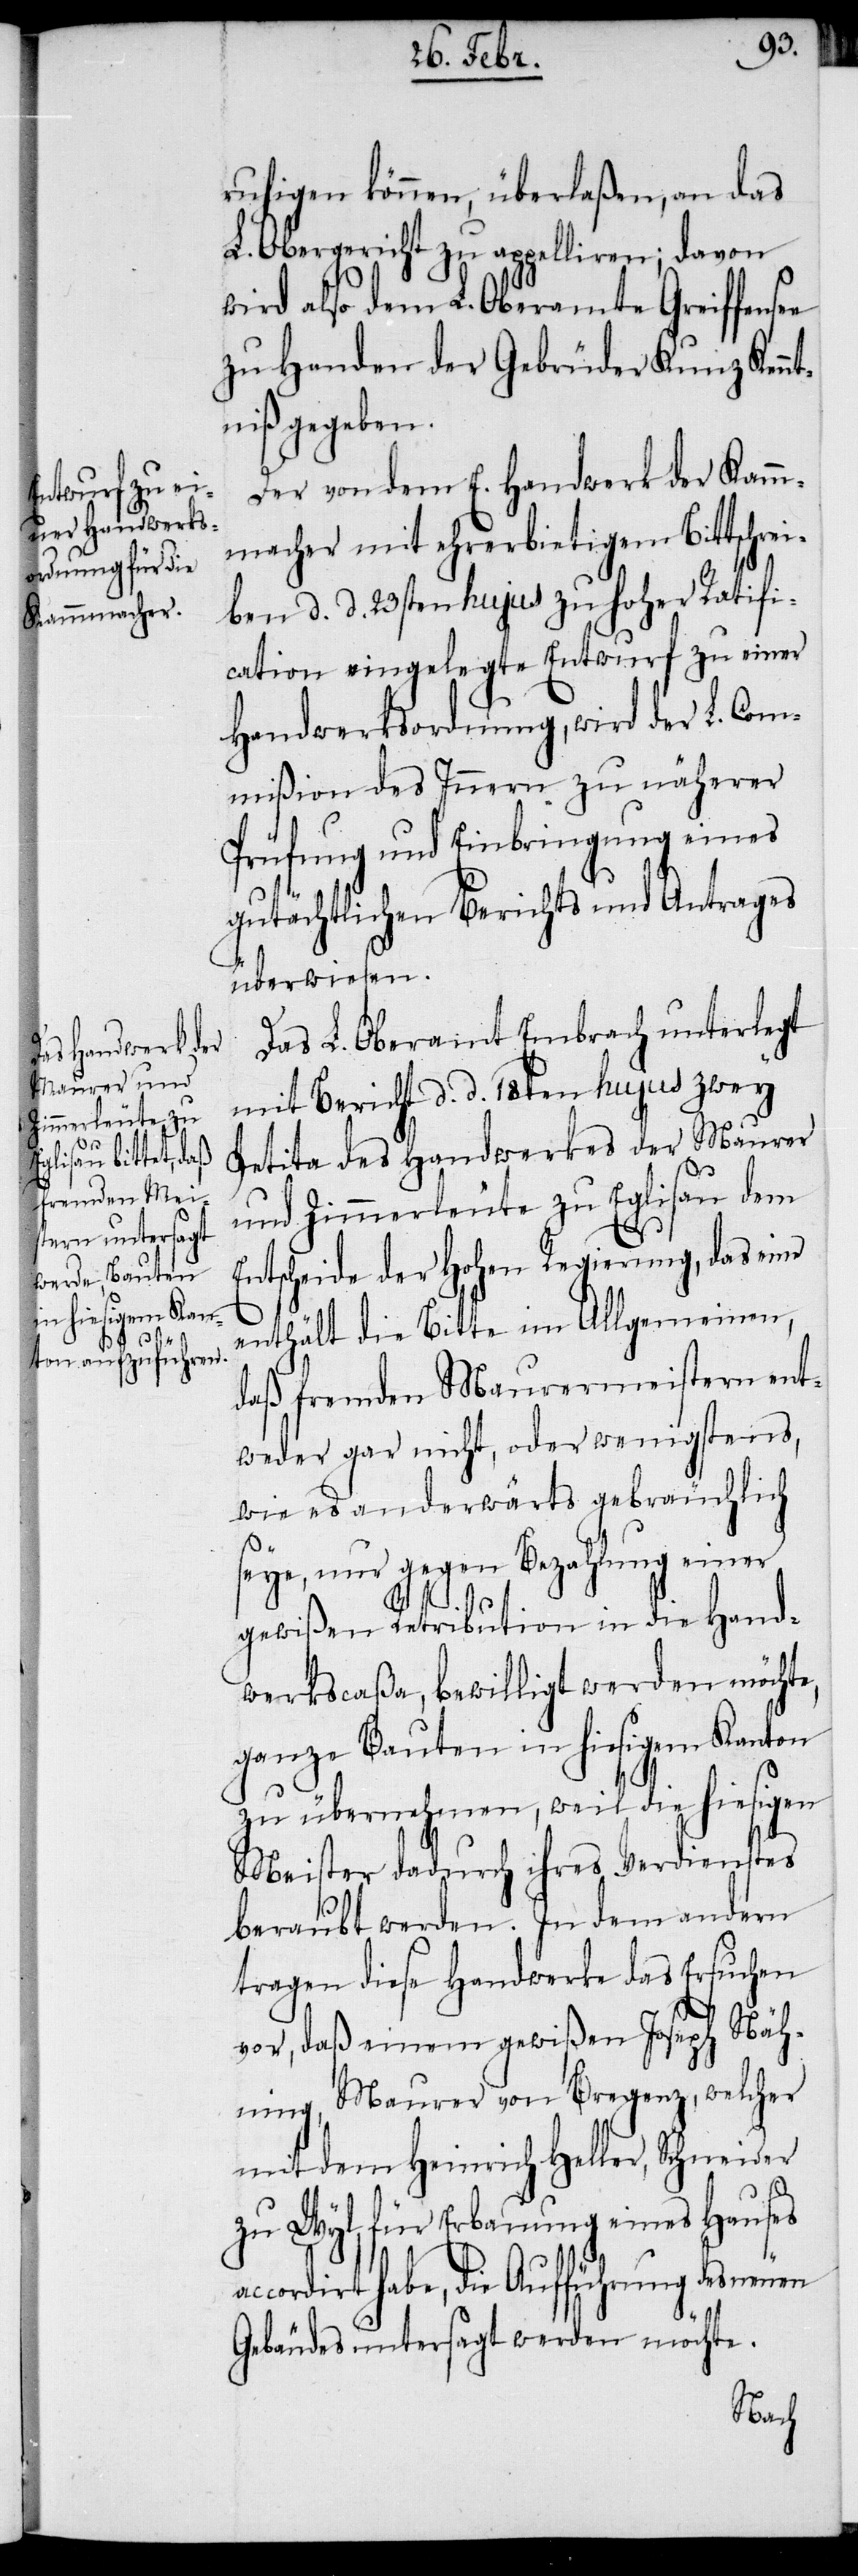
e

ruhigen können, überlaßen, an das
L. Obergericht zu appelliren; davon
wird also dem L. Oberamte Greiffense¬
zu Handen der Gebrüder Kunz Kenn¬
tniß gegeben.
Der von dem E. Handwerk der Kamm¬
macher mit ehrerbietigem Bittschrei¬
ben d. d. 23sten hujus zu hoher Ratifi¬
cation eingelegte Entwurf zu einer
Handwerksordnung, wird der L. Com¬
mißion des Innern zu näherer
Prüfung und Einbringung eines
gutächtlichen Berichts und Antrages
überwiesen.
Das L. Oberamt Embrach unterlegt
mit Bericht d. d. 18ten hujus zwey
Petita des Handwerkes der Maurer
und Zimmerleute zu Eglisau dem
ac¬
Entscheide der Hohen Regierung, das eine
enthält die Bitte im Allgemeinen,
daß fremden Maurermeistern ent¬
weder gar nicht, oder wenigstens,
wie es anderwärts gebräuchlich
seye, nur gegen Bezahlung einer
gewißen Retribution in die Hand¬
werkscaßa, bewilligt werden möchte,
ganze Bauten in hiesigem Kanton
zu übernehmen, weil die hiesigen
Meister dadurch ihres Verdienstes
beraubt werden. In dem andern
tragen diese Handwerke das Ersuchen
vor, daß einem gewißen Joseph Näh¬
ning, Maurer von Bregenz, welcher
mit dem Heinrich Heller, Schneider
zu Wyl, für Erbauung eines Hauses
cordirt habe, die Aufführung des neuen
Gebäudes untersagt werden möchte.